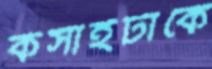
কসাইটাকে